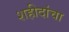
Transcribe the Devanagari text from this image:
शहीदांचा